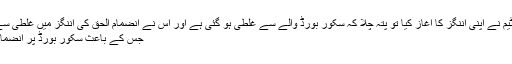
کچھ دیر بعدجیسے ہی دوسری ٹیم نے اپنی اننگز کا آغاز کیا تو پتہ چلا کہ سکور بورڈ والے سے غلطی ہو گئی ہے اور اس نے انضمام الحق کی اننگز میں غلطی سے ایک رنز کا اضافہ کر دیا تھا
جس کے باعث سکور بورڈ پر انضمام کا سکور 100رنز دکھایا گیا۔